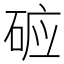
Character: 𱴉